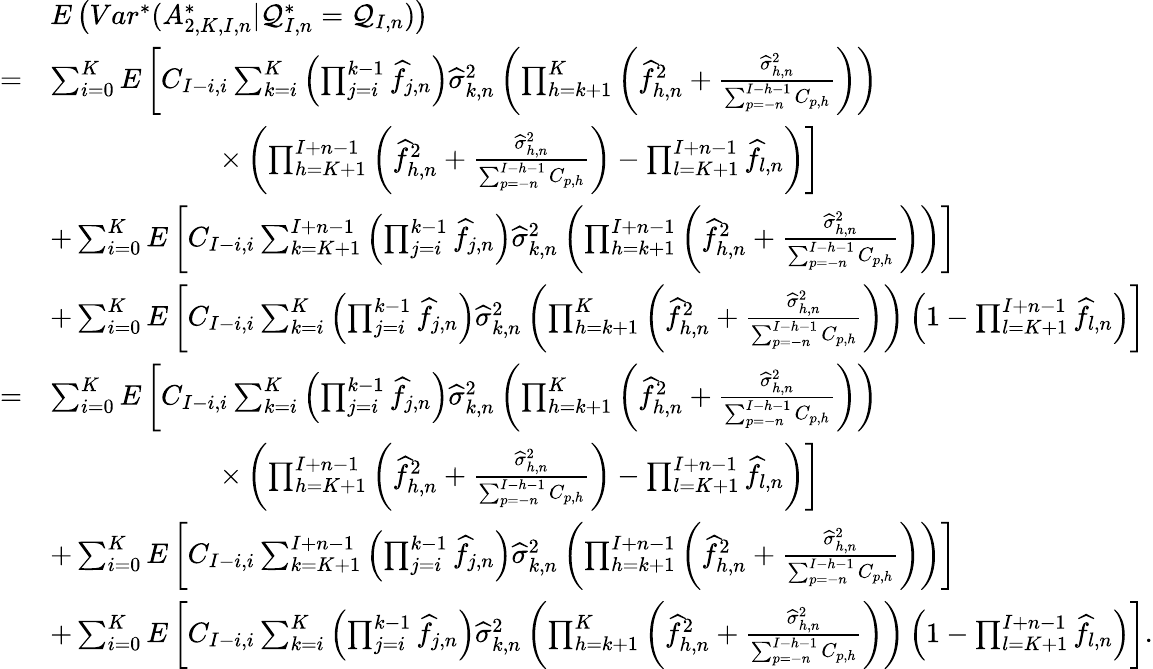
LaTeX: \begin{array}{rl}&{E\left(Var^{*}(A_{2,K,I,n}^{*}|\mathcal{Q}_{I,n}^{*}=\mathcal{Q}_{I,n})\right)}\\ {=}&{\sum_{i=0}^{K}E\left[C_{I-i,i}\sum_{k=i}^{K}\left(\prod_{j=i}^{k-1}\widehat{f}_{j,n}\right)\widehat\sigma_{k,n}^{2}\left(\prod_{h=k+1}^{K}\left(\widehat{f}_{h,n}^{2}+\frac{\widehat\sigma_{h,n}^{2}}{\sum_{p=-n}^{I-h-1}C_{p,h}}\right)\right)\right.}\\ &{\qquad\qquad\qquad\left.\times\left(\prod_{h=K+1}^{I+n-1}\left(\widehat{f}_{h,n}^{2}+\frac{\widehat\sigma_{h,n}^{2}}{\sum_{p=-n}^{I-h-1}C_{p,h}}\right)-\prod_{l=K+1}^{I+n-1}\widehat{f}_{l,n}\right)\right]}\\ &{+\sum_{i=0}^{K}E\left[C_{I-i,i}\sum_{k=K+1}^{I+n-1}\left(\prod_{j=i}^{k-1}\widehat{f}_{j,n}\right)\widehat\sigma_{k,n}^{2}\left(\prod_{h=k+1}^{I+n-1}\left(\widehat{f}_{h,n}^{2}+\frac{\widehat\sigma_{h,n}^{2}}{\sum_{p=-n}^{I-h-1}C_{p,h}}\right)\right)\right]}\\ &{+\sum_{i=0}^{K}E\left[C_{I-i,i}\sum_{k=i}^{K}\left(\prod_{j=i}^{k-1}\widehat{f}_{j,n}\right)\widehat\sigma_{k,n}^{2}\left(\prod_{h=k+1}^{K}\left(\widehat{f}_{h,n}^{2}+\frac{\widehat\sigma_{h,n}^{2}}{\sum_{p=-n}^{I-h-1}C_{p,h}}\right)\right)\left(1-\prod_{l=K+1}^{I+n-1}\widehat{f}_{l,n}\right)\right]}\\ {=}&{\sum_{i=0}^{K}E\left[C_{I-i,i}\sum_{k=i}^{K}\left(\prod_{j=i}^{k-1}\widehat{f}_{j,n}\right)\widehat\sigma_{k,n}^{2}\left(\prod_{h=k+1}^{K}\left(\widehat{f}_{h,n}^{2}+\frac{\widehat\sigma_{h,n}^{2}}{\sum_{p=-n}^{I-h-1}C_{p,h}}\right)\right)\right.}\\ &{\qquad\qquad\qquad\left.\times\left(\prod_{h=K+1}^{I+n-1}\left(\widehat{f}_{h,n}^{2}+\frac{\widehat\sigma_{h,n}^{2}}{\sum_{p=-n}^{I-h-1}C_{p,h}}\right)-\prod_{l=K+1}^{I+n-1}\widehat{f}_{l,n}\right)\right]}\\ &{+\sum_{i=0}^{K}E\left[C_{I-i,i}\sum_{k=K+1}^{I+n-1}\left(\prod_{j=i}^{k-1}\widehat{f}_{j,n}\right)\widehat\sigma_{k,n}^{2}\left(\prod_{h=k+1}^{I+n-1}\left(\widehat{f}_{h,n}^{2}+\frac{\widehat\sigma_{h,n}^{2}}{\sum_{p=-n}^{I-h-1}C_{p,h}}\right)\right)\right]}\\ &{+\sum_{i=0}^{K}E\left[C_{I-i,i}\sum_{k=i}^{K}\left(\prod_{j=i}^{k-1}\widehat{f}_{j,n}\right)\widehat\sigma_{k,n}^{2}\left(\prod_{h=k+1}^{K}\left(\widehat{f}_{h,n}^{2}+\frac{\widehat\sigma_{h,n}^{2}}{\sum_{p=-n}^{I-h-1}C_{p,h}}\right)\right)\left(1-\prod_{l=K+1}^{I+n-1}\widehat{f}_{l,n}\right)\right].}\end{array}